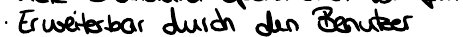
Erweiterbar durch den Benutzer